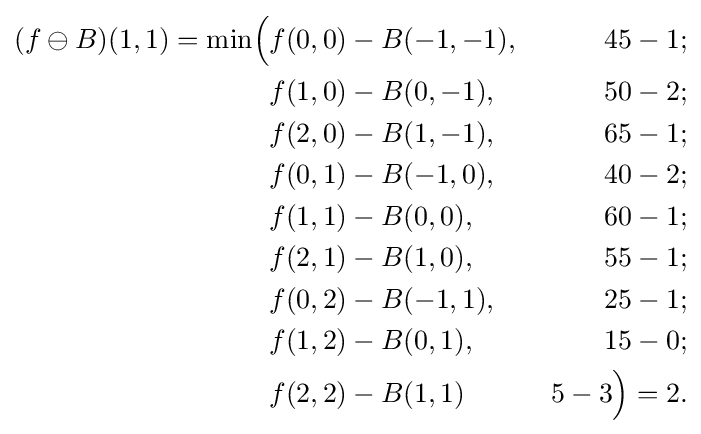
{\begin{aligned}(f\ominus B)(1,1)=\min \!{\Bigl (}&f(0,0)-B(-1,-1),&\;45-1;&\\&f(1,0)-B(0,-1),&\;50-2;&\\&f(2,0)-B(1,-1),&\;65-1;&\\&f(0,1)-B(-1,0),&\;40-2;&\\&f(1,1)-B(0,0),&\;60-1;&\\&f(2,1)-B(1,0),&\;55-1;&\\&f(0,2)-B(-1,1),&\;25-1;&\\&f(1,2)-B(0,1),&\;15-0;&\\&f(2,2)-B(1,1)&\;5-3{\Bigr )}=2.\end{aligned}}